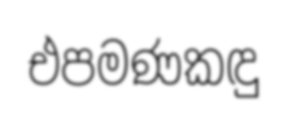
එපමණකඳු